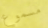
مسموع